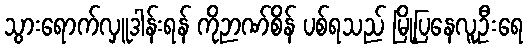
သွားရောက်လှူဒါန်းရန် ကိုဉာဏ်စိန် ပစ်ရသည် မြို့ပြနေလူဦးရေ